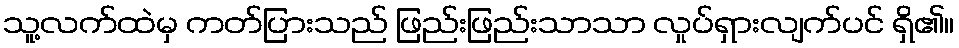
သူ့လက်ထဲမှ ကတ်ပြားသည် ဖြည်းဖြည်းသာသာ လှုပ်ရှားလျက်ပင် ရှိ၏။